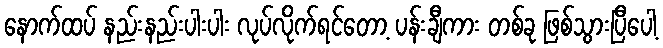
နောက်ထပ် နည်းနည်းပါးပါး လုပ်လိုက်ရင်တော့ ပန်းချီကား တစ်ခု ဖြစ်သွားပြီပေါ့